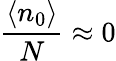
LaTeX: {\frac{\langle n_{0}\rangle}{N}}\approx 0